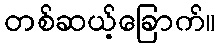
တစ်ဆယ့်ခြောက်။